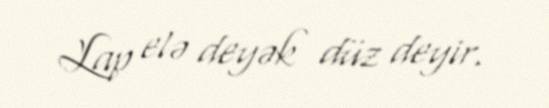
Lap elə deyək düz deyir.